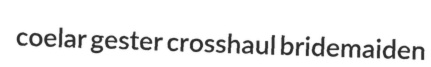
coelar gester crosshaul bridemaiden